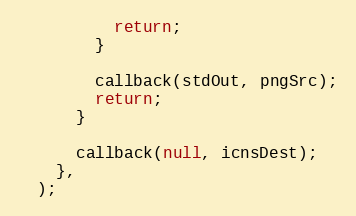
Language: JavaScript
          return;
        }

        callback(stdOut, pngSrc);
        return;
      }

      callback(null, icnsDest);
    },
  );